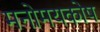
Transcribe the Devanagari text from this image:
मनोमयकोष